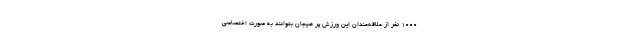
1000 نفر از علاقه‌مندان این ورزش پر هیجان بتوانند به صورت اختصاصی